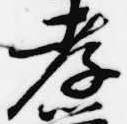
孝